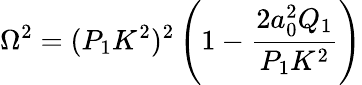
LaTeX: \Omega^{2}=(P_{1}K^{2})^{2}\left(1-\frac{2a_{0}^{2}Q_{1}}{P_{1}K^{2}}\right)